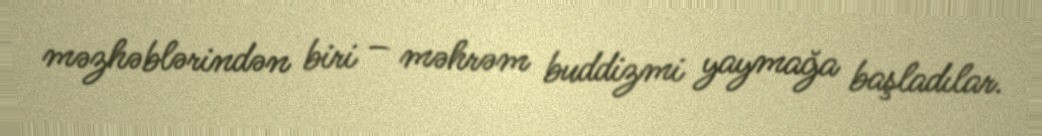
məzhəblərindən biri – məhrəm buddizmi yaymağa başladılar.